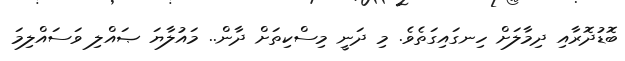
ބޮޑުދޮރާއި ދިމާލަށް ހިނގައިގަތެވެ. މި ދަނީ މިސްކިތަށް ދާން.. މައުލާޔަ ޞައްލި ވަސައްލިމަ